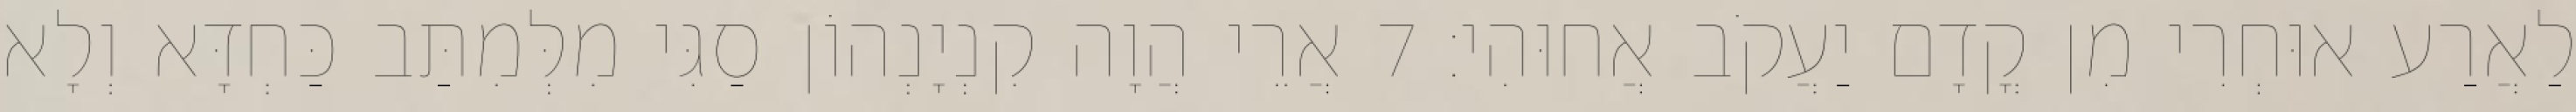
לַאֲרַע אוּחְרִי מִן קֳדָם יַעֲקֹב אֲחוּהִי׃ 7 אֲרֵי הֲוָה קִנְיָנְהוֹן סַגִּי מִלְּמִתַּב כַּחְדָּא וְלָא